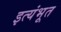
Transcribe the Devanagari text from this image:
इत्यंभूत